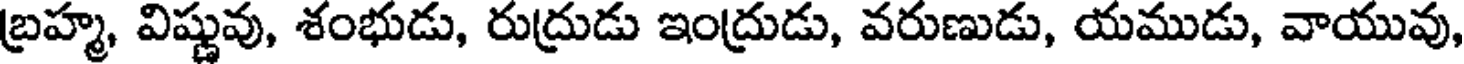
బ్రహ్మ, విష్ణువు, శంభుడు, రుద్రుడు ఇంద్రుడు, వరుణుడు, యముడు, వాయువు,